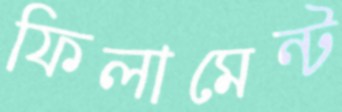
ফিলামেন্ট